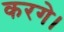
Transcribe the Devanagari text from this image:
करगे।